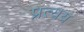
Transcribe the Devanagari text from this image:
प्रत्‍यय